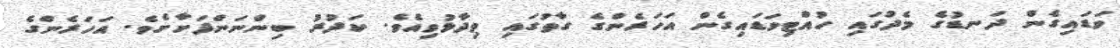
ވަޑައިގެން ދަނޑުގެ މެދުގައި ހުއްޓިވަޑައިގެން އަހަރެންގެ ގާތުގައި ވިދާޅުވިއެވެ. ކަދުރު ބިންނަންފަށާށެވެ. އަހަރެންގެ